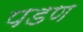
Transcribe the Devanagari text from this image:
पडण